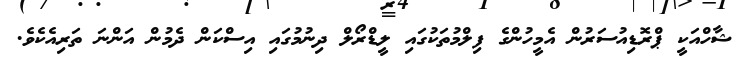
ޝާހްއަކީ ޕްރޮޑިއުސަރުން އެމީހުންގެ ފިލްމުތަކުގައި ލީޑްރޯލް ދިނުމުގައި އިސްކަން ދެމުން އަންނަ ތަރިއެކެވެ.